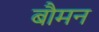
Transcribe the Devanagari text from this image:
बौमन